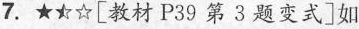
7.★★☆[ 教材P39第3题变式 ]如